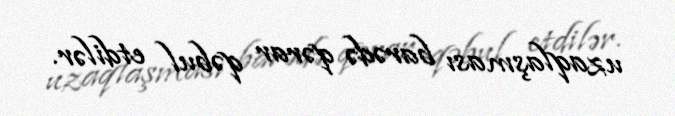
uzaqlaşması barədə qərar qəbul etdilər.